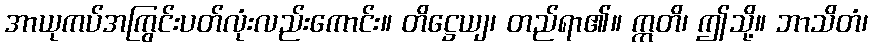
အာယုကပ်အကြွင်းပတ်လုံးလည်းကောင်း။ တိဋ္ဌေယျ၊ တည်ရာ၏။ ဣတိ၊ ဤသို့။ ဘာသိတံ၊